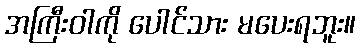
အကြီးဝါကို ပေါင်သား မပေးရဘူး။